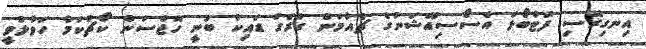
އިނގިރޭސި ފުޓްބޯޅަ އެސޯސިއޭޝަނުގެ ޗެއާމަން ގްރެގް ޑައިކް ބުނީ ހޮޖްސަން ކޯޗުކަމާ ހަވާލުވީ